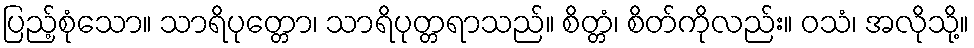
ပြည့်စုံသော။ သာရိပုတ္တော၊ သာရိပုတ္တရာသည်။ စိတ္တံ၊ စိတ်ကိုလည်း။ ဝသံ၊ အလိုသို့။